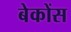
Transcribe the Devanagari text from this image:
बेकोंस